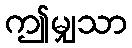
ဤမျှသာ